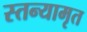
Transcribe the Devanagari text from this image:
स्तन्यामृत